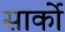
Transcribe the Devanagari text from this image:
सार्को